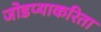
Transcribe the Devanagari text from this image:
जोडप्याकरिता